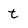
Character: t